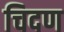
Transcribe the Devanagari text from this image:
चिदण